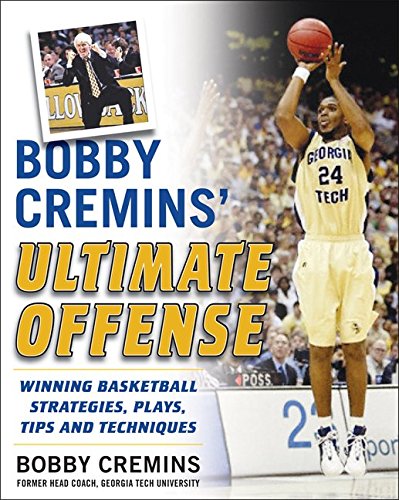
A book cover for Bobby Cremins' Ultimate Offense: Winning Basketball Strategies and Plays from an NCAA Coach's Personal Playbook; Bobby Cremins; Sports & Outdoors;